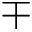
\mp